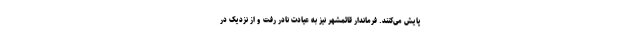
پایش می‌کنند. فرماندار قائمشهر نیز به عیادت نادر رفت و از نزدیک در